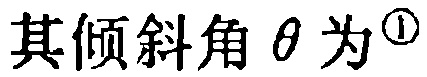
其倾斜角\(\theta\)为\(^{\textcircled{1}}\)